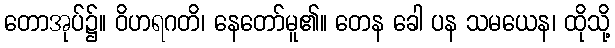
တောအုပ်၌။ ဝိဟရဂတိ၊ နေတော်မူ၏။ တေန ခေါ ပန သမယေန၊ ထိုသို့